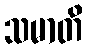
သမာတိ